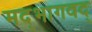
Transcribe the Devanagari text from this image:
मद्‌भागवद्‌